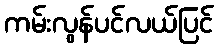
ကမ်းလွန်ပင်လယ်ပြင်